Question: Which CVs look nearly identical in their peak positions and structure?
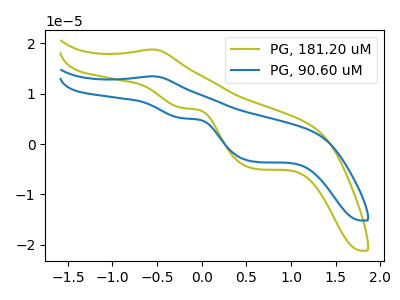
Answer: <think>The olive curve "PG, 181.20 uM" has an anodic peak at (-0.55V, 18.80uA) and cathodic peaks at (-0.20V, 7.15uA) (0.60V, -4.90uA). The blue curve "PG, 90.60 uM" has an anodic peak at (-0.55V, 13.50uA) and cathodic peaks at (-0.20V, 5.15uA) (0.60V, -3.50uA).
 All the peaks in "PG, 181.20 uM" have a peak in "PG, 90.60 uM" at the same potential.</think>
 <answer>"PG, 181.20 uM" and "PG, 90.60 uM" have the same shape and are likely CV's of the same chemical.</answer>
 <eval>"PG, 181.20 uM" "PG, 90.60 uM"</eval>